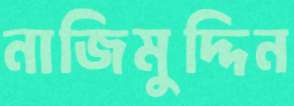
নাজিমুদ্দিন